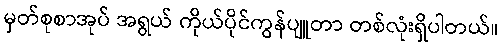
မှတ်စုစာအုပ် အရွယ် ကိုယ်ပိုင်ကွန်ပျူတာ တစ်လုံးရှိပါတယ်။